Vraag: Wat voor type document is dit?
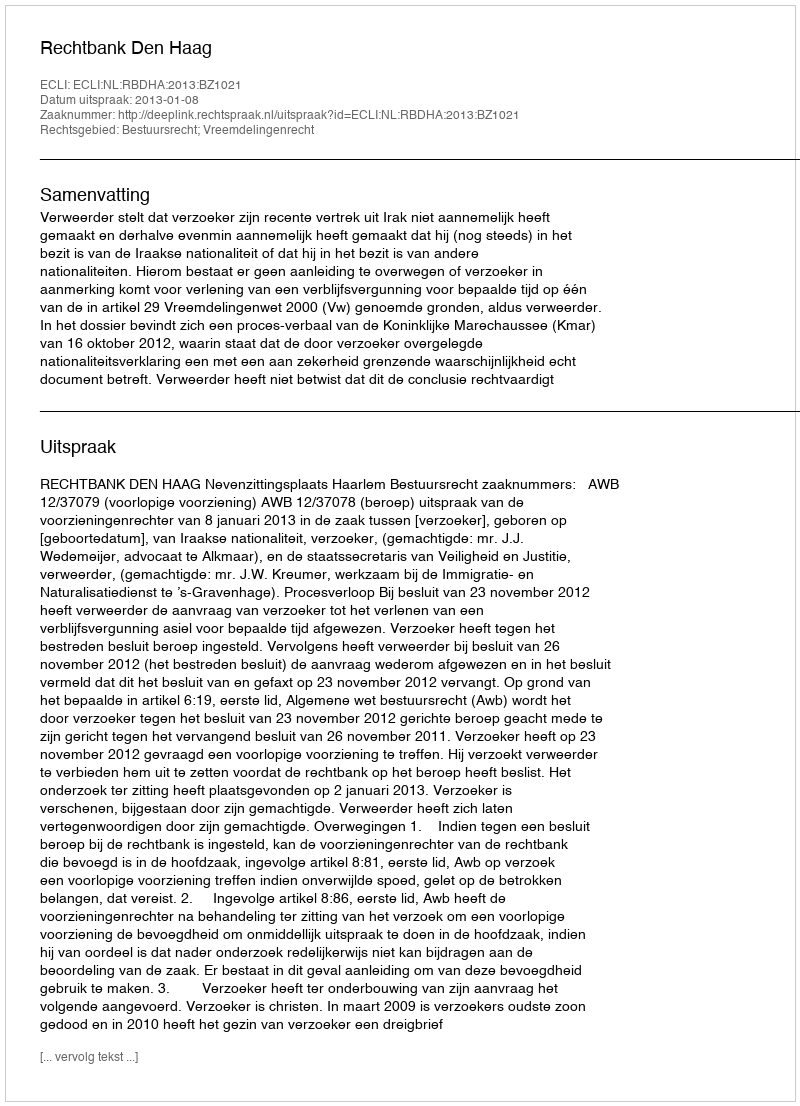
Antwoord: Uitspraak